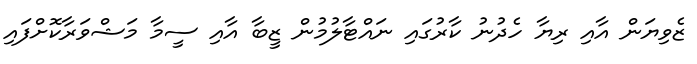
ޒެވިޔަން އާއި ރިޔާ ހެދުނު ކާރުގައި ނައްޓާލުމުން ޒީބާ އާއި ސީމާ މަޝްވަރާކޮށްފައި